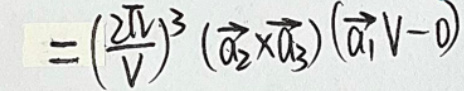
$= ( \frac { 2 \pi } { V } ) ^ { 3 } ( \overrightarrow { a _ { 2 } } \times \overrightarrow { a _ { 3 } } ) ( \overrightarrow { a _ { 1 } } V - 0 )$